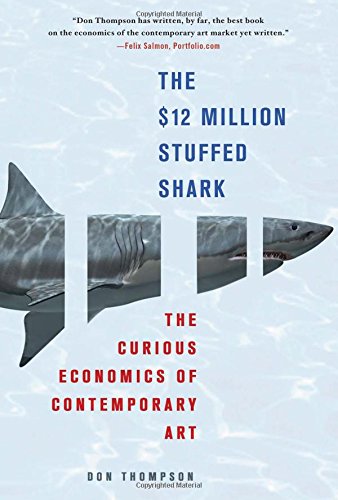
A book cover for The $12 Million Stuffed Shark: The Curious Economics of Contemporary Art; Don Thompson; Arts & Photography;